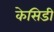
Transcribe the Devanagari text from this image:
केसिडी